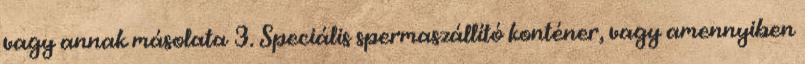
vagy annak másolata 3. Speciális spermaszállító konténer, vagy amennyiben